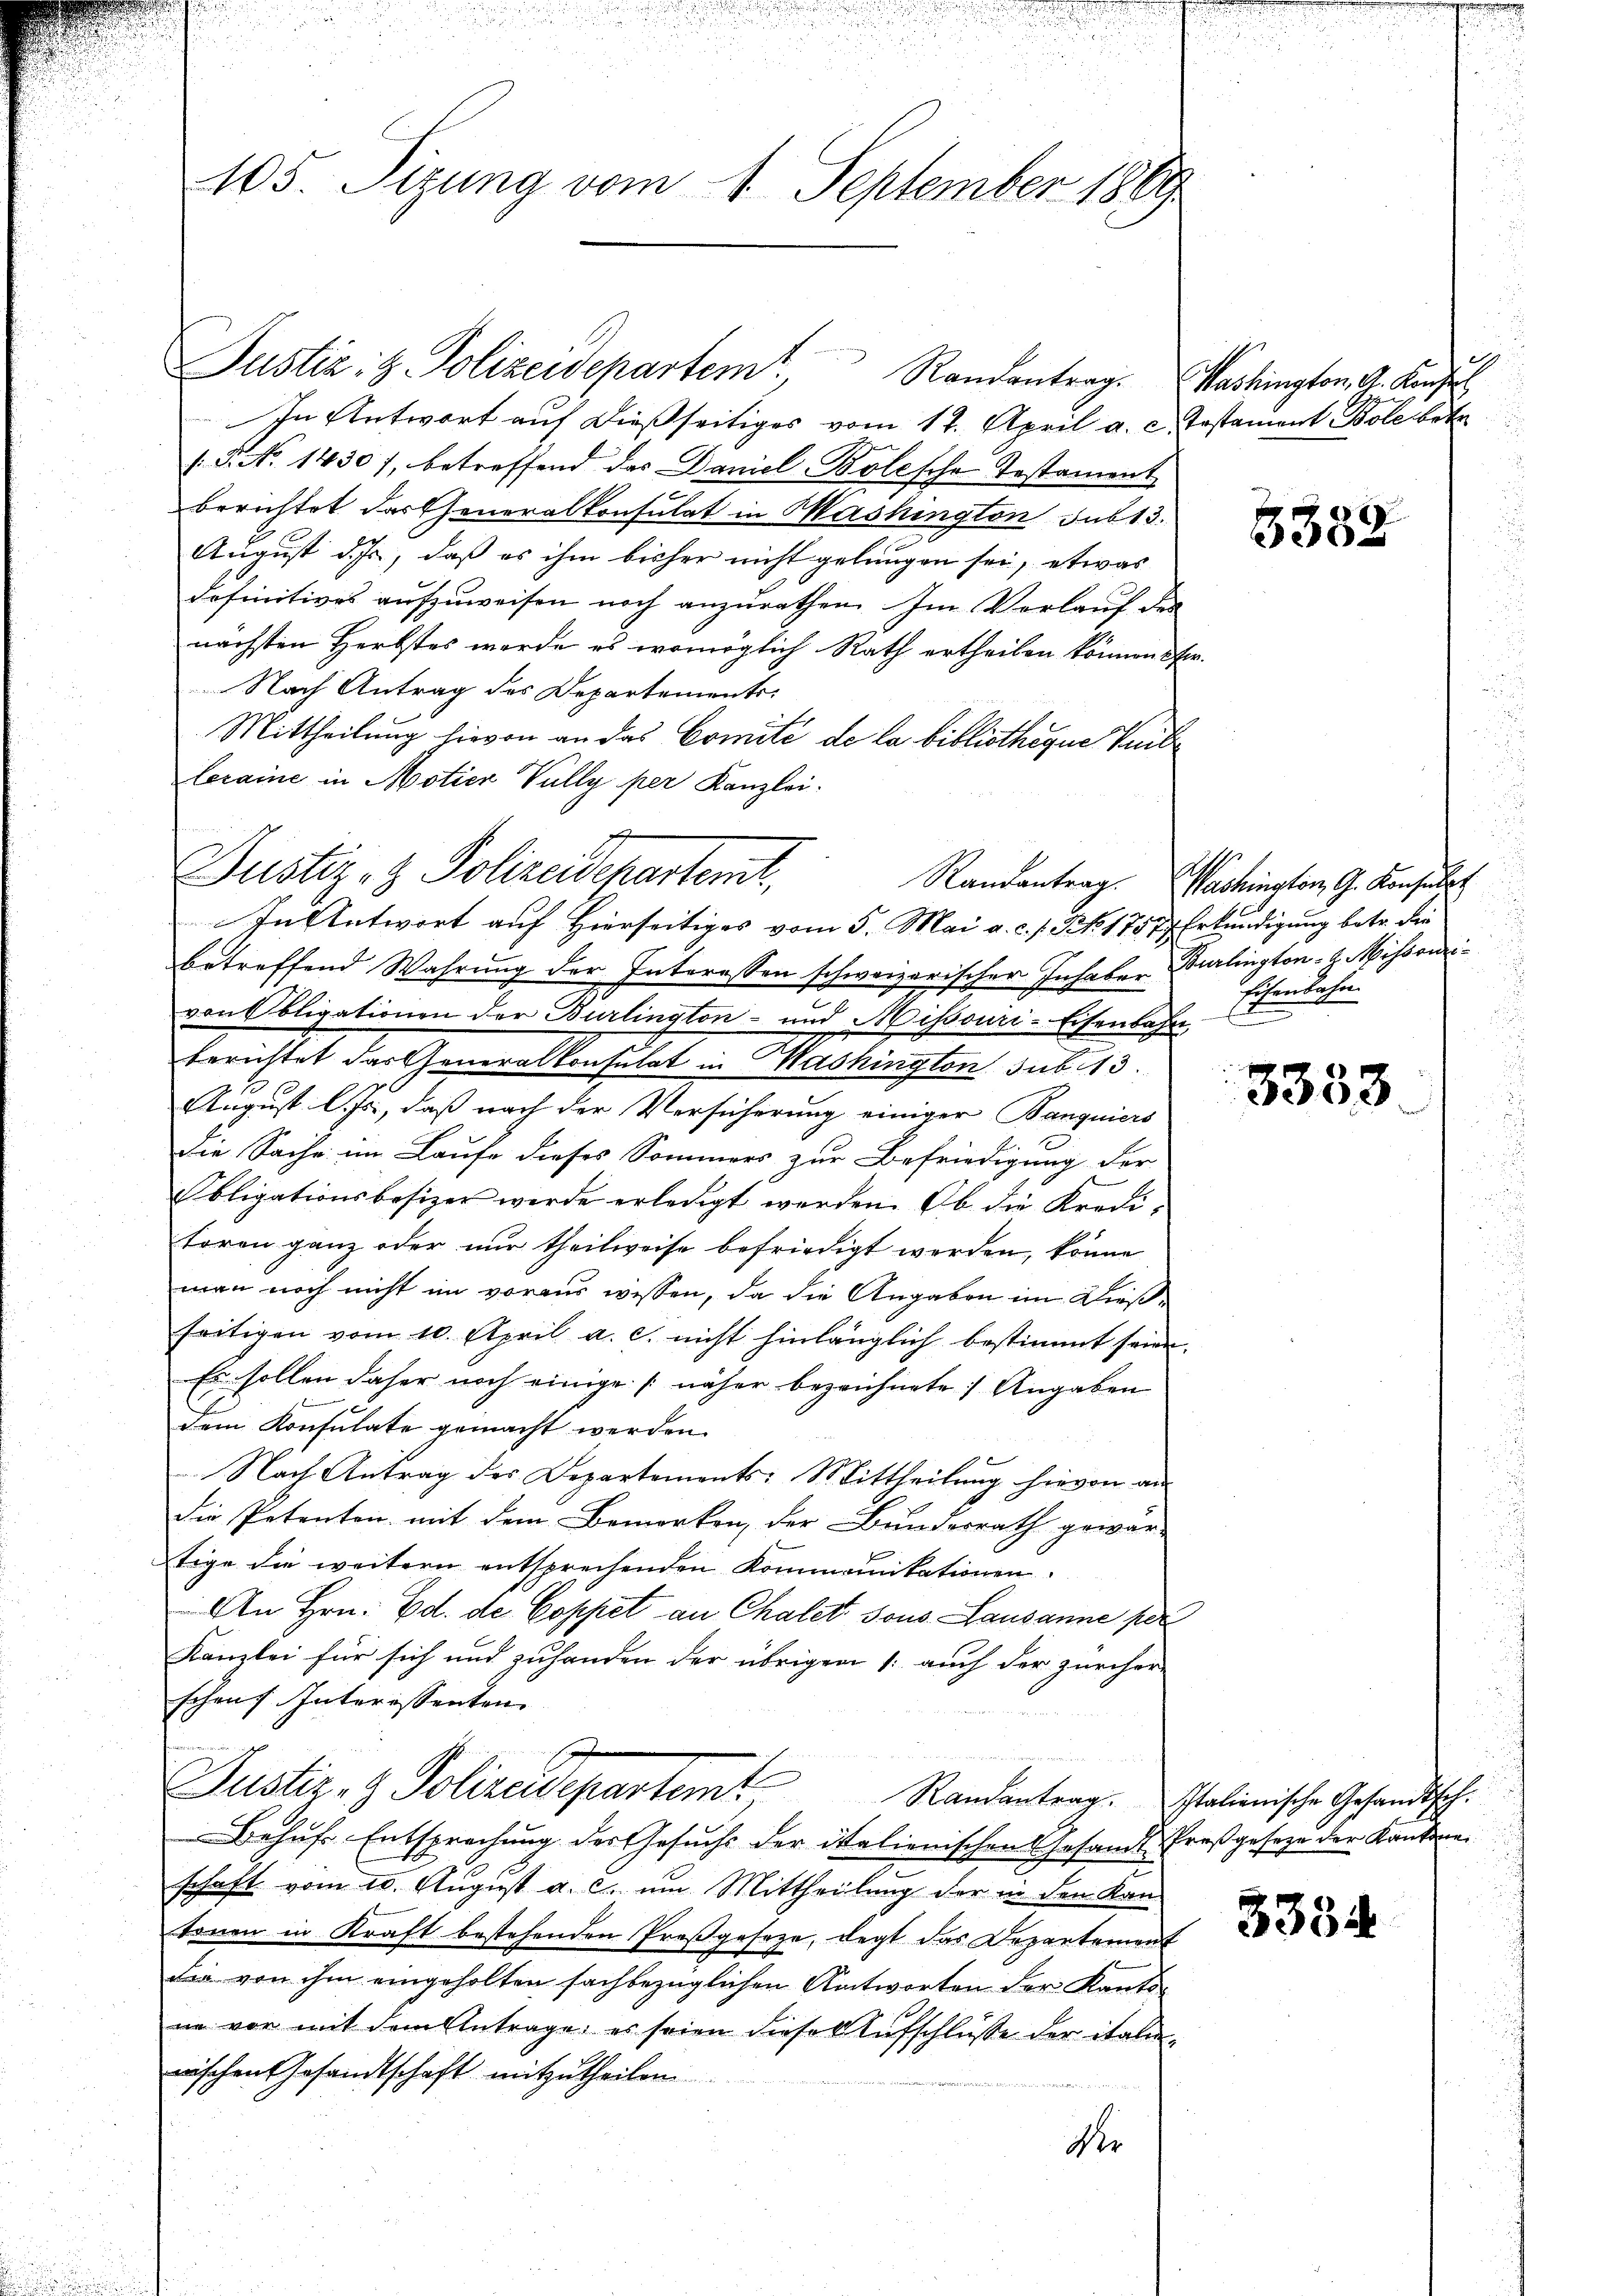
105. Sizung vom 1. September 1869

In Antwort auf dießseitiges vom 12. April a. c.
/. 5. No 1430), betreffend das Daniel-Bolesche Testament
berichtet das Generalkonsulat in Washington sub 13.
August d. Js., daß es ihm bisher nicht gelungen sei, etwas
definitives aufzuweisen noch anzurathen. Im Verlauf der
nächsten Herbstes werde es womöglich Rath ertheilen können.
Nach Antrag des Departements-
Mittheilung hievon an das Comité de la bibliotheque Tei
leraine in Motier Vully per Kanzlei.
betreffend Wahrung der Interessen schweizerischer Inhaber
von Obligationen der Burlington- und Missouri-Eisenbah
Berichtet der Generalkonsulat in Mashington sub 113.
August l. Js., daß nach der Versicherung einiger Banquiers
Die Sache im Laufe dieses Sommers zur Befriedigung der
Obligationsbesizer werde erledigt werden. Ob die Kredi-
toren ganz oder nur theilweise befriedigt werden, könne
man noch nicht im voraus wissen, da die Angaben im Dießseitigen vom 10. April a. c. nicht hinlänglich bestimmt sein.
Es sollen daher noch einige näher bezeichnete Angaben
dem Konsulate gemacht werden.
Nach Antrag des Departements: Mittheilung hievon an
die Petenten mit dem Bemerken, der Bundesrath gewar-
tige die weitern entsprechenden Kommunikationen
An Hrn. Ed. de Coppet an Chalet sous Lausanne per
Kanzlei für sich und zuhanden der übrigen /: auch der zürcher
schen Interessenten
Justiz- & Polizeidepartemt Randantrag.
Behŭfs Entsprechung der Gesuchs der italienischen Gesandt Preßgeseze der Kantone
schaft vom 20. August a. c. um Mittheilung der in den Kan-
tonen in Kraft bestehenden Preßgeseze, legt das Departement
die von ihm eingeholten sachbezüglichen Antworten der Kanto-
ne vor mit dem Antrage, es seien dieses Aufschlüsse der itali
wischen Gesandtschaft mitzutheilen.
der

Justiz- & Polizeidepartemit,
Randantrag.
In Antwort auf Hierseitiges vom 5. Mai a. c. s. No. 1757)

d
Washington, G. Konfer
Testament Bole betr

3382

Washington, G. Konsulat
Erkundigung betr. die
Burlington H. Missonzi¬
Eisenbahn
e
f

i

3353

Italienische Gesandtsch.

3334